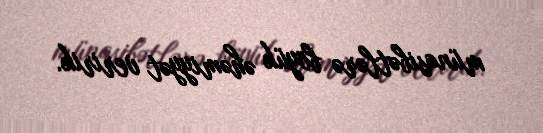
münasibətlərə böyük əhəmiyyət veririk.